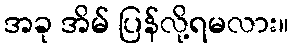
အခု အိမ် ပြန်လို့ရမလား။